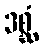
ဒစ္ဆံ